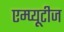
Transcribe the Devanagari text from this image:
एम्प्यूटीज